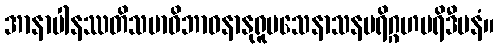
အာနာပါနဿတိသမာဓိဘာဝနာနုရူပသေနာသနပရိဂ္ဂဟပရိဒီပနံ။